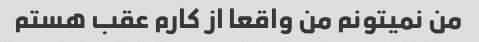
من نمیتونم من واقعا از کارم عقب هستم